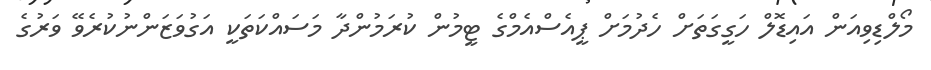
މޯލްޑިވިއަން އައިޑޮލް ހަގީގަތަށް ހެދުމަށް ޕީއެސްއެމްގެ ޓީމުން ކުރަމުންދާ މަސައްކަތަކީ އަގުވަޒަންނުކުރެވޭ ވަރުގެ